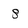
Character: 8